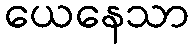
ယေနေသာ